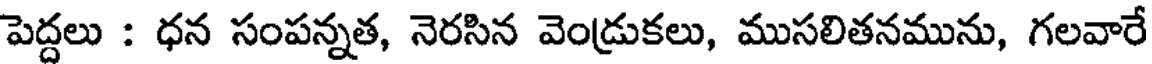
పెద్దలు : ధన సంపన్నత, నెరసిన వెండ్రుకలు, ముసలితనమును, గలవారే